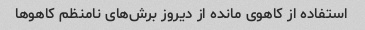
استفاده از کاهوی مانده از دیروز برش‌های نامنظم کاهو‌ها